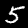
Digit: 5